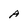
Character: A